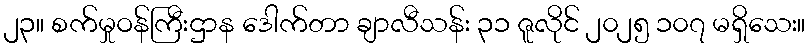
၂၃။ စက်မှုဝန်ကြီးဌာန ဒေါက်တာ ချာလီသန်း ၃၁ ဇူလိုင် ၂၀၂၅ ၁၀၇ မရှိသေး။